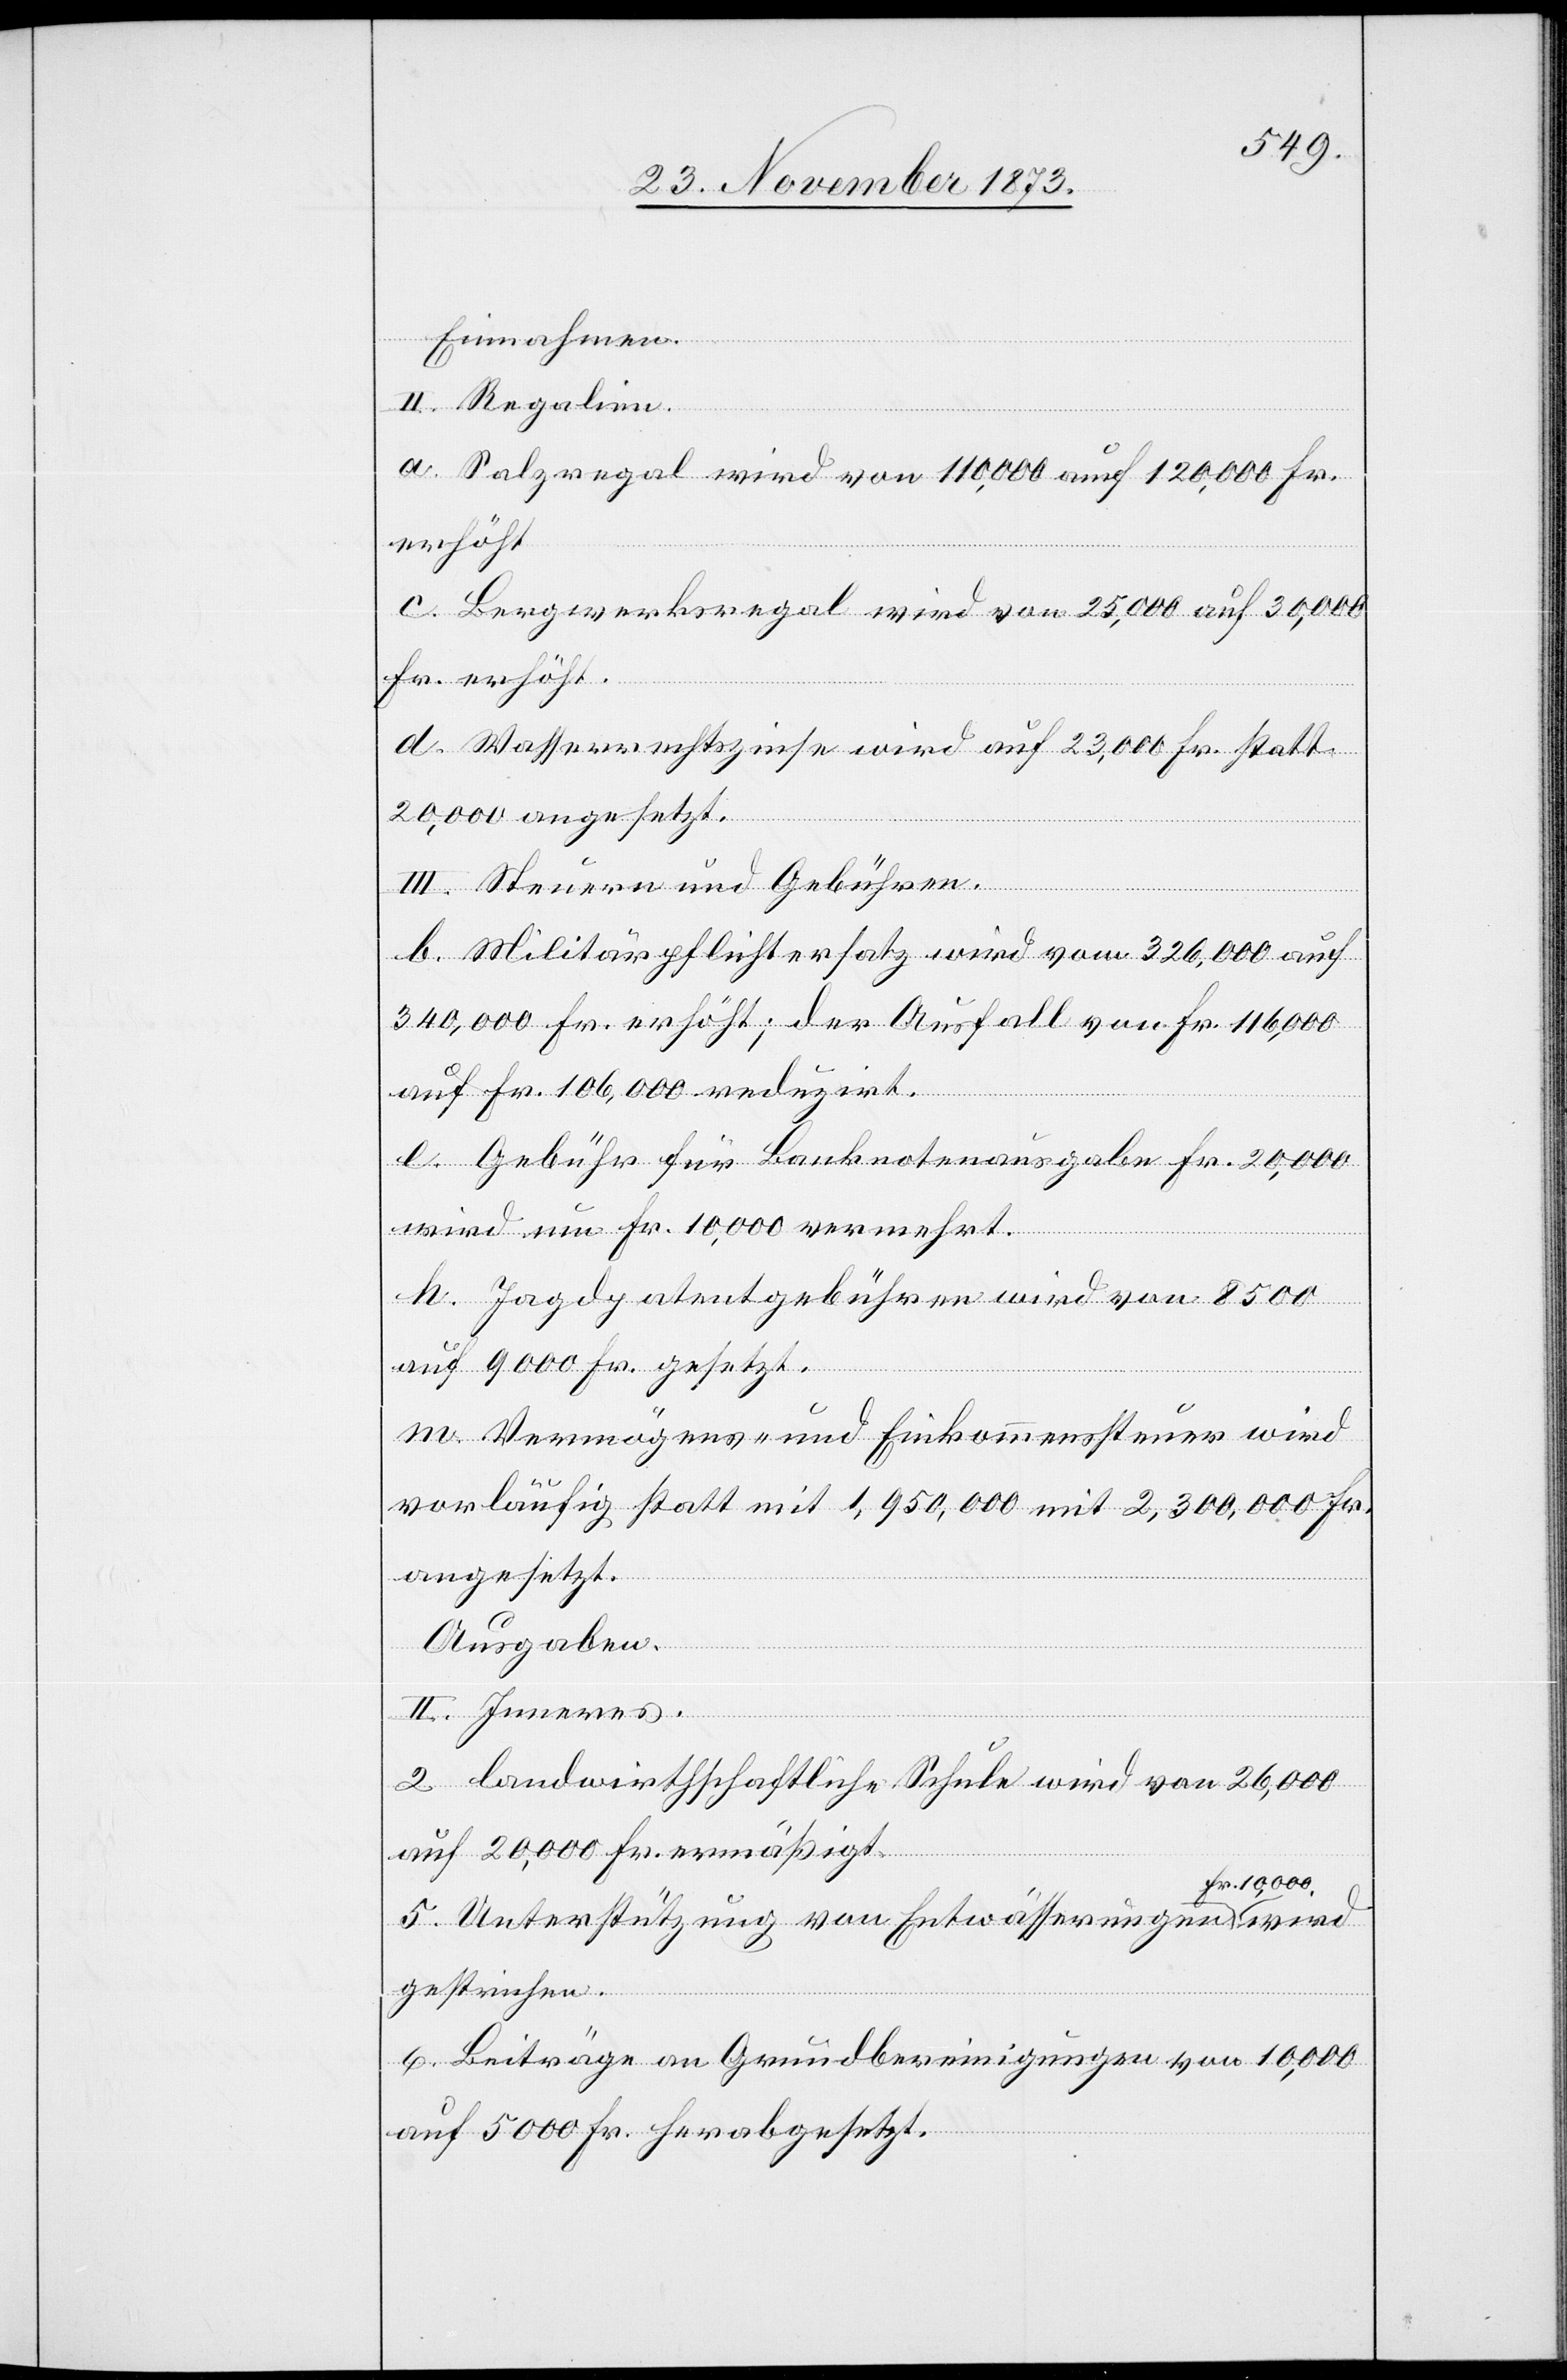
Einnahmen.
II. Regalien.
wird
a. Salzregal wird von 110,000 auf 120,000 Fr.
erhöht.
c. Bergwerksregal wird von 25,000 auf 30,000
Fr. erhöht.
d. Wasserrechtszinse wird auf 23,000 Fr. statt
20,000 angesetzt.
III. Steuern und Gebühren.
b. Militärpflichtersatz wird vom [sic!] 326,000 auf
340,000 Fr. erhöht; der Ausfall von Fr. 116,000
auf Fr. 106,000 reduzirt.
e. Gebühr für Banknotenausgabe Fr. 20,000
wird um Fr. 10,000 vermehrt.
h. Jagdpatentgebühren wird von 8 500
auf 9 000 Fr. gesetzt.
m. Vermögens- und Einkommenssteuer wird
vorläufig statt mit 1,950,000 mit 2,300,000 Fr.
angesetzt.
Ausgaben.
II. Inneres.
2. landwirthschaftliche Schule wird von 26,000
auf 20,000 Fr. ermäßigt.
Fr. 10,000
5. Unterstützung von Entwässerungen
gestrichen.
6. Beiträge an Grundbereinigungen von 10,000
auf 5 000 Fr. herabgesetzt.